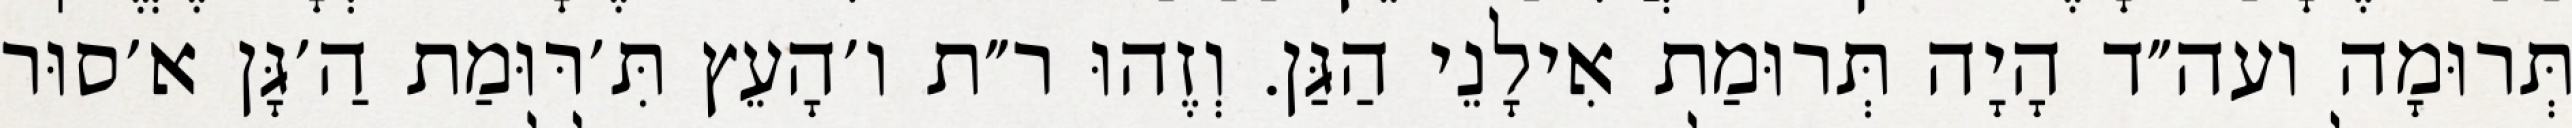
תְּרוּמָה ועה״ד הָיָה תְּרוּמַת אִילָנֵי הַגַּן. וְזֶהוּ ר״ת ו׳הָעֵץ תִּ׳רּוּמַת הַ׳גָּן א׳סוּר